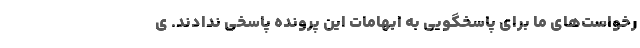
رخواست‌های ما برای پاسخگویی به ابهامات این پرونده پاسخی ندادند. ی